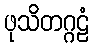
ဖုသိတဂ္ဂဠံ